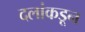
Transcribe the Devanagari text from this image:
दलांकडून